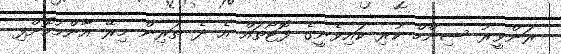
ރަންވީރު ސިންހް ކުރި ކައިވެނީގެ ފޮޓޯތައް އެ ދެ ތަރިން މިރޭ އާންމުކޮށްފި